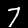
Label: 7